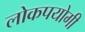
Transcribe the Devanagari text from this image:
लोकपयोगी